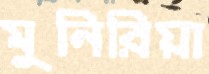
মুনিরিয়া